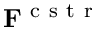
\mathbf { F } ^ { \mathrm { ~ c ~ s ~ t ~ r ~ } }